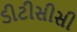
ડીટીસીસી